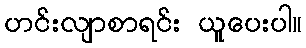
ဟင်းလျာစာရင်း ယူပေးပါ။